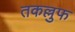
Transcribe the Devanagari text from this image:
तकल्लुफ